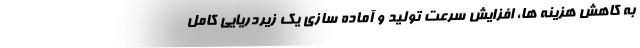
به کاهش هزینه ها، افزایش سرعت تولید و آماده سازی یک زیردریایی کامل